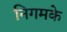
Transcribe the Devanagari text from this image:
निगमके